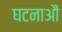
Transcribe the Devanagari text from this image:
घटनाऔं